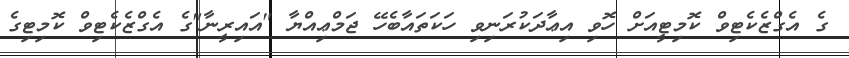
ގެ އެގްޒެކެޓިވް ކޮމިޓީއަށް ހޮވި އިޢާދަކުރަނިވި ހަކަތައާބެހޭ ޖަމްޢިއްޔާ "އައިރީނާ"ގެ އެގްޒެކެޓިވް ކޮމިޓިގެ